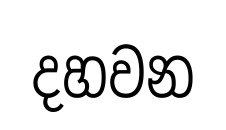
දහවන